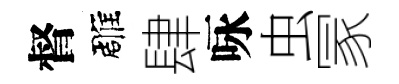
督雕肆咏虫冡